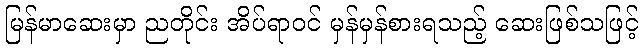
မြန်မာဆေးမှာ ညတိုင်း အိပ်ရာဝင် မှန်မှန်စားရသည့် ဆေးဖြစ်သဖြင့်